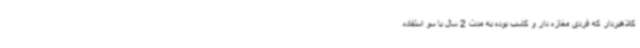
کلاهبردار که فردی مغازه دار و کاسب بوده به مدت 2 سال با سو استفاده